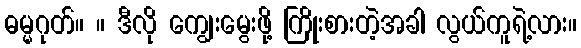
ဓမ္မဂုတ်။ ။ ဒီလို ကျွေးမွေးဖို့ ကြိုးစားတဲ့အခါ လွယ်ကူရဲ့လား။